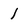
Character: 1